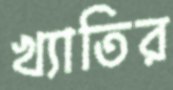
খ্যাতির